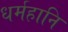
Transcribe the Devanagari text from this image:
धर्महानि